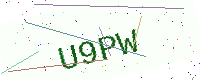
Text: U9PW